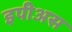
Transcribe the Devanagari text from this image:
इपीअस